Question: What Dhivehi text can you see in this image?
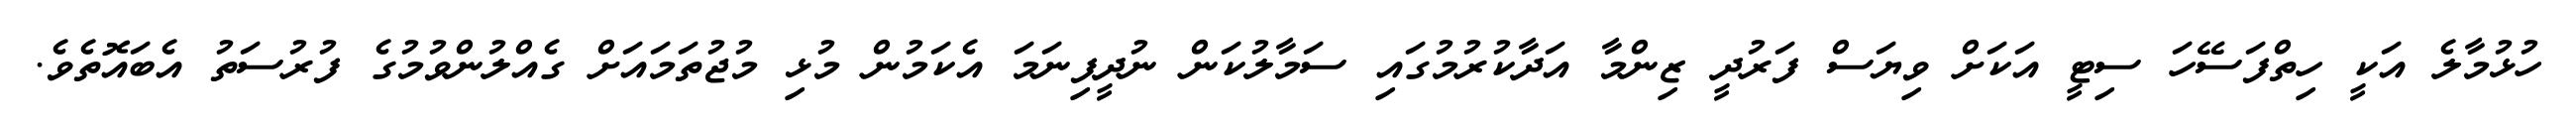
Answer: ހުޅުމާލެ އަކީ ހިތްފަސޭހަ ސިޓީ އަކަށް ވިޔަސް ފަރުދީ ޒިންމާ އަދާކުރުމުގައި ސަމާލުކަން ނުދީފިނަމަ އެކަމުން މުޅި މުޖުތަމައަށް ގެއްލުންވުމުގެ ފުރުސަތު އެބައޮތެވެ.